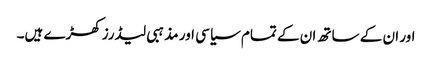
اور ان کے ساتھ ان کے تمام سیاسی اور مذہبی لیڈرز کھڑے ہیں۔